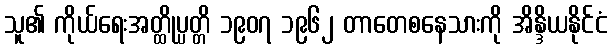
သူ၏ ကိုယ်ရေးအတ္ထိုပ္ပတ္တိ ၁၉၀၇ ၁၉၆၂ တာတေစနေသားကို အိန္ဒိယနိုင်ငံ